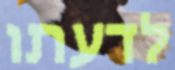
לדעתו